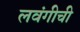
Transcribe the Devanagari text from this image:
लवंगीची